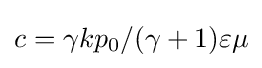
c=\gamma kp_{0}/(\gamma +1)\varepsilon \mu